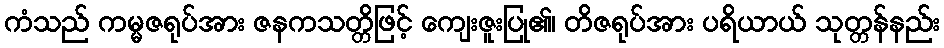
ကံသည် ကမ္မဇရုပ်အား ဇနကသတ္တိဖြင့် ကျေးဇူးပြု၏၊ တိဇရုပ်အား ပရိယာယ် သုတ္တန်နည်း